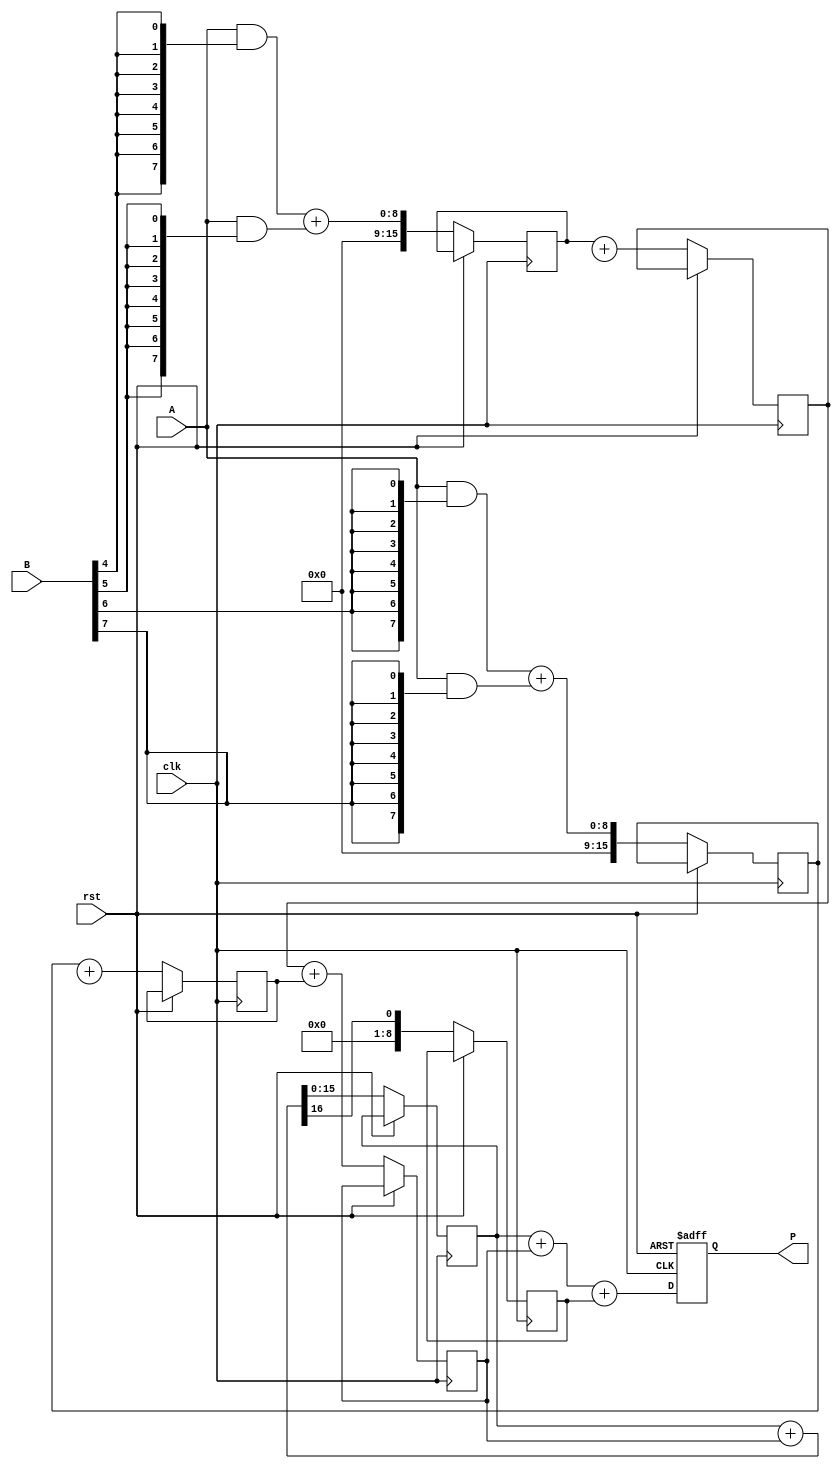
module WallaceTreeMultiplier #(parameter WIDTH = 8) (
    input wire [WIDTH-1:0] A,
    input wire [WIDTH-1:0] B,
    input wire clk,
    input wire rst,
    output reg [2*WIDTH-1:0] P
);

// Partial products array
wire [WIDTH-1:0] partial_products[WIDTH-1:0];

// Generate partial products
genvar i;
generate
    for (i = 0; i < WIDTH; i = i + 1) begin : pp_generation
        assign partial_products[i] = A & {WIDTH{B[i]}};
    end
endgenerate

// Adder structure
reg [2*WIDTH-1:0] sum [WIDTH-1:0];
reg [WIDTH:0] carry [WIDTH-1:0];
integer j, k;

// Wallace Tree reduction
always @(posedge clk or posedge rst) begin
    if (rst) begin
        P <= 0;
    end else begin
        // Level 1 - Combine partial products
        for (j = 0; j < WIDTH; j = j + 1) begin
            if (j % 2 == 0) begin
                {carry[j], sum[j]} <= {1'b0, partial_products[j]} + {1'b0, partial_products[j+1]};
            end
        end

        // Level 2 - Combine sums and carries
        for (j = 0; j < WIDTH; j = j + 2) begin
            if (j + 1 < WIDTH) begin
                {carry[j/2], sum[j/2]} <= {1'b0, sum[j]} + {1'b0, sum[j+1]};
            end
        end
        
        // Final level - Combine last two sums
        P <= sum[0] + sum[1] + carry[0];
    end
end

endmodule